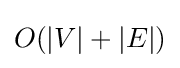
O(\left|{V}\right|+\left|{E}\right|)